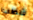
شطب